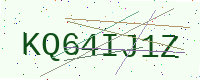
Text: KQ64IJ1Z